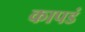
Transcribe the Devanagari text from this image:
कापडं